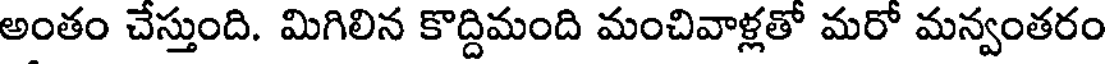
అంతం చేస్తుంది. మిగిలిన కొద్దిమంది మంచివాళ్లతో మరో మన్వంతరం